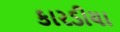
કારડીયા